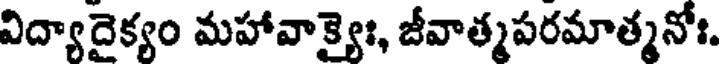
విద్యాదైక్యం మహావాక్యైః, జీవాత్మపరమాత్మనోః.